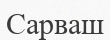
Сарваш